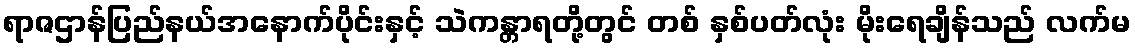
ရာဇဌာန်ပြည်နယ်အနောက်ပိုင်းနှင့် သဲကန္တာရတို့တွင် တစ် နှစ်ပတ်လုံး မိုးရေချိန်သည် လက်မ